Report of the Bombay Plague Committee
Disease focus: Plague
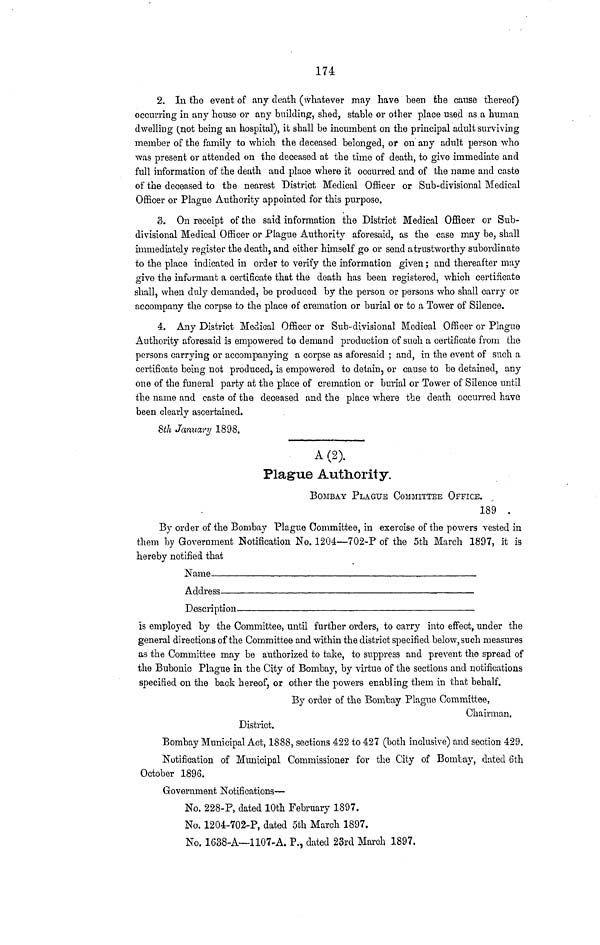
174
2. In the event of any death (whatever may have been the cause thereof)
occurring in any house or any building, shed, stable or other place used as a human
dwelling (not being an hospital), it shall be incumbent on the principal adult surviving
member of the family to which the deceased belonged, or on any adult person who
was present or attended on the deceased at the time of death, to give immediate and
full information of the death and place where it occurred and of the name and caste
of the deceased to the nearest District Medical Officer or Sub-divisional Medical
Officer or Plague Authority appointed for this purpose.
3. On receipt of the said information the District Medical Officer or Sub-
divisional Medical Officer or Plague Authority aforesaid, as the case may be, shall
immediately register the death, and either himself go or send a trustworthy subordinate
to the place indicated in order to verify the information given; and thereafter may
give the informant a certificate that the death has been registered, which certificate
O
O
t
shall, when duly demanded, be produced by the person or persons who shall carry or
accompany the corpse to the place of cremation or burial or to a Tower of Silence.
4. Any District Medical Officer or Sub-divisional Medical Officer or Plague
Authority aforesaid is empowered to demand production of such a certificate from the
persons carrying or accompanying a corpse as aforesaid ; and, in the event of such a
certificate being not produced, is empowered to detain, or cause to be detained, any
one of the funeral party at the place of cremation or burial or Tower of Silence until
the name and caste of the deceased and the place where the death occurred have
been clearly ascertained.
8th January 1898.
A (2).
Plague Authority.
BOMBAY PLAGUE COMMITTEE OFFICE.
189
By order of the Bombay Plague Committee, in exercise of the powers vested in
them by Government Notification No. 1204—702-P of the 5th March 1897, it is
hereby notified that
Name
Address
Description
is employed by the Committee, until further orders, to carry into effect, under the
general directions of the Committee and within the district specified below, such measures
as the Committee may be authorized to take, to suppress and prevent the spread of
the Bubonic Plague in the City of Bombay, by virtue of the sections and notifications
specified on the back hereof, or other the powers enabling them in that behalf.
By order of the Bombay Plague Committee,
Chairman.
District.
Bombay Municipal Act, 1888, sections 422 to 427 (both inclusive) and section 429.
Notification of Municipal Commissioner for the City of Bombay, dntecl 6th
October 1896.
Government Notifications—
No. 228-P, dated 10th February 1897.
No. 1204-702-P, dated 5th March 1897.
No. 1638-A—1107-A. P., dated 23rd March 1897.